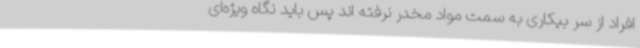
افراد از سر بیکاری به سمت مواد مخدر نرفته اند پس باید نگاه ویژه‌ای